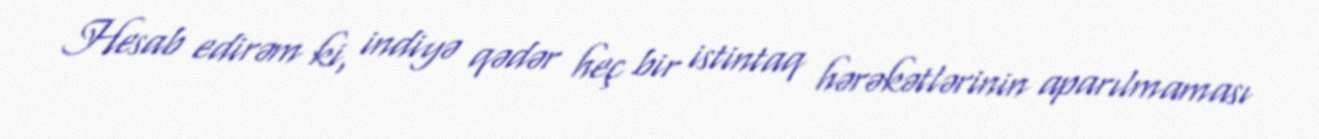
Hesab edirəm ki, indiyə qədər heç bir istintaq hərəkətlərinin aparılmaması